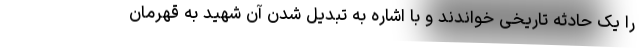
را یک حادثه تاریخی خواندند و با اشاره به تبدیل شدن آن شهید به قهرمان